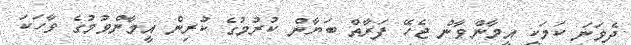
ދެވަނަ ކަމަކީ އީމާންވާން ޖެހޭ ފަރާތް ބަޔާން ކުރުމުގެ ކުރިން އީމާންވުމުގެ ވާހަކަ